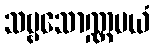
သဗ္ဗသောဏ္ဏမယံ